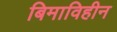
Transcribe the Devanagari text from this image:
बिमाविहीन